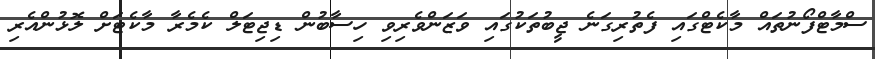
ސްމާޓްފޯނުތައް މާކެޓްގައި ފެތުރިގަނެ ޖީބުތަކުގައި ވަޒަންވެރިވި ހިސާބުން ޑިޖިޓަލް ކެމެރާ މާކެޓަށް ލޮޅުންއެރި